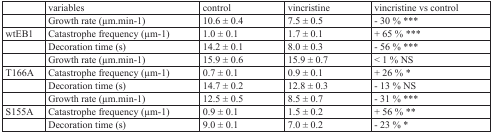
<table><thead><tr><td></td><td><b>variables</b></td><td><b>control</b></td><td><b>vincristine</b></td><td><b>vincristine vs control</b></td></tr></thead><tbody><tr><td></td><td>Growth rate (μm.min-1)</td><td>10.6 ± 0.4</td><td>7.5 ± 0.5</td><td>− 30 % ***</td></tr><tr><td>wtEB1</td><td>Catastrophe frequency (μm-1)</td><td>1.0 ± 0.1</td><td>1.7 ± 0.1</td><td>+ 65 % ***</td></tr><tr><td></td><td>Decoration time (s)</td><td>14.2 ± 0.1</td><td>8.0 ± 0.3</td><td>− 56 % ***</td></tr><tr><td></td><td>Growth rate (μm.min-1)</td><td>15.9 ± 0.6</td><td>15.9 ± 0.7</td><td>&lt; 1 % NS</td></tr><tr><td>T166A</td><td>Catastrophe frequency (μm-1)</td><td>0.7 ± 0.1</td><td>0.9 ± 0.1</td><td>+ 26 % *</td></tr><tr><td></td><td>Decoration time (s)</td><td>14.7 ± 0.2</td><td>12.8 ± 0.3</td><td>− 13 % NS</td></tr><tr><td></td><td>Growth rate (μm.min-1)</td><td>12.5 ± 0.5</td><td>8.5 ± 0.7</td><td>− 31 % ***</td></tr><tr><td>S155A</td><td>Catastrophe frequency (μm-1)</td><td>0.9 ± 0.1</td><td>1.5 ± 0.2</td><td>+ 56 % **</td></tr><tr><td></td><td>Decoration time (s)</td><td>9.0 ± 0.1</td><td>7.0 ± 0.2</td><td>− 23 % *</td></tr></tbody></table>